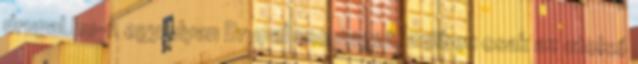
drupal.hu-n egy olyan Drupal csomagot, amiben csak az utolsó